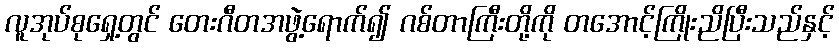
လူအုပ်စုရှေ့တွင် တေးဂီတအဖွဲ့ရောက်၍ ဂစ်တာကြီးတို့ကို တအောင့်ကြိုးညိပြီးသည်နှင့်